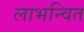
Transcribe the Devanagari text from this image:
लाभन्वित